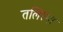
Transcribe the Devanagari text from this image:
तलिस्मा